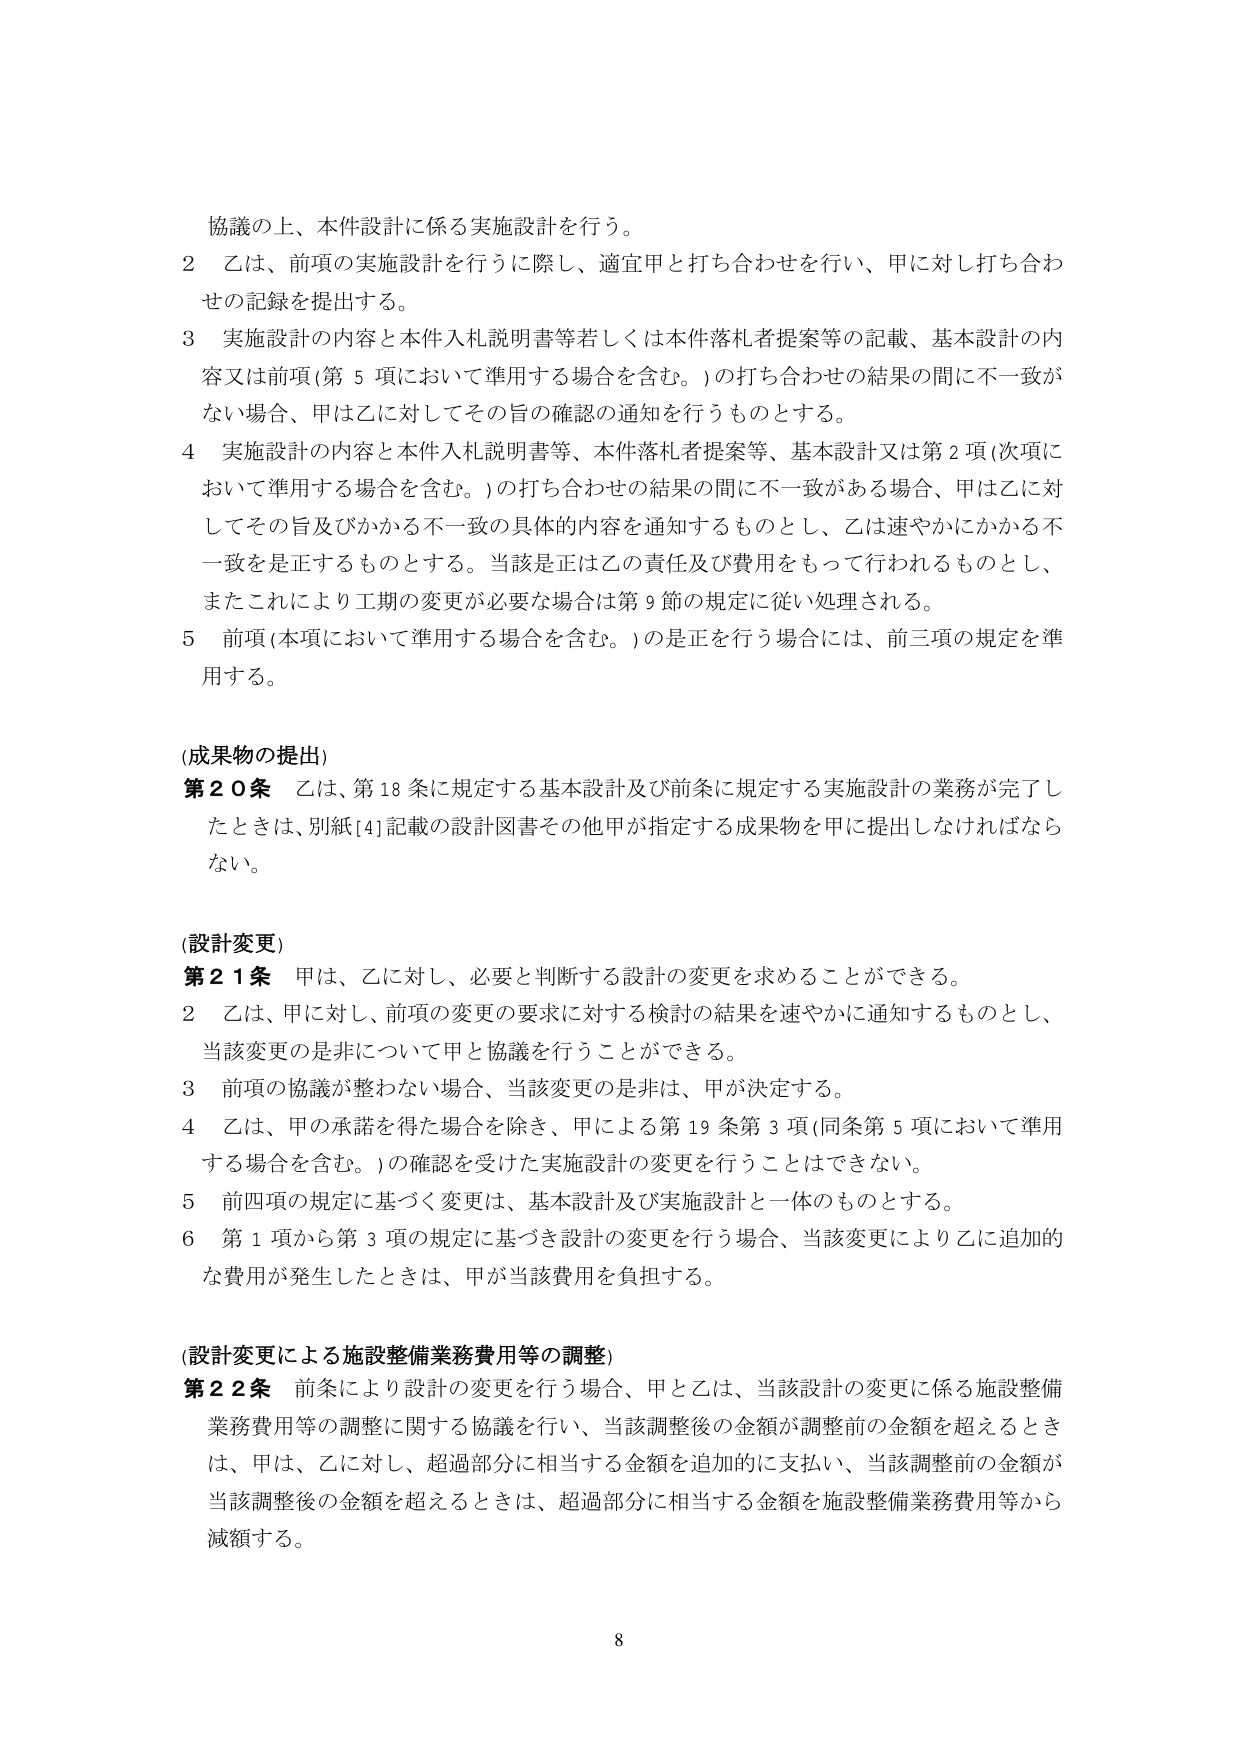
協議の上、本件設計に係る実施設計を行う。

2 乙は、前項の実施設計を行うに際し、適宜甲と打ち合わせを行い、甲に対し打ち合わせの記録を提出する。

3 実施設計の内容と本件入札説明書等若しくは本件落札者提案等の記載、基本設計の内容又は前項（第5項において準用する場合を含む。）の打ち合わせの結果の間に不一致がない場合、甲は乙に対してその旨の確認の通知を行うものとする。

4 実施設計の内容と本件入札説明書等、本件落札者提案等、基本設計又は第2項（次項において準用する場合を含む。）の打ち合わせの結果の間に不一致がある場合、甲は乙に対してその旨及びかかる不一致の具体的内容を通知するものとし、乙は速やかにかかる不一致を是正するものとする。当該是正は乙の責任及び費用をもって行われるものとし、またこれにより工期の変更が必要な場合は第9節の規定に従い処理される。

5 前項（本項において準用する場合を含む。）の是正を行う場合には、前三項の規定を準用する。

(成果物の提出)

第20条 乙は、第18条に規定する基本設計及び前条に規定する実施設計の業務が完了したときは、別紙[4]記載の設計図書その他甲が指定する成果物を甲に提出しなければならない。

(設計変更)

第21条 甲は、乙に対し、必要と判断する設計の変更を求めることができる。

2 乙は、甲に対し、前項の変更の要求に対する検討の結果を速やかに通知するものとし、当該変更の是非について甲と協議を行うことができる。

3 前項の協議が整わない場合、当該変更の是非は、甲が決定する。

4 乙は、甲の承諾を得た場合を除き、甲による第19条第3項（同条第5項において準用する場合を含む。）の確認を受けた実施設計の変更を行うことはできない。

5 前四項の規定に基づく変更は、基本設計及び実施設計と一体のものとする。

6 第1項から第3項の規定に基づき設計の変更を行う場合、当該変更により乙に追加的な費用が発生したときは、甲が当該費用を負担する。

(設計変更による施設整備業務費用等の調整)

第22条 前条により設計の変更を行う場合、甲と乙は、当該設計の変更に係る施設整備業務費用等の調整に関する協議を行い、当該調整後の金額が調整前の金額を超えるときは、甲は、乙に対し、超過部分に相当する金額を追加的に支払い、当該調整前の金額が当該調整後の金額を超えるときは、超過部分に相当する金額を施設整備業務費用等から減額する。

8